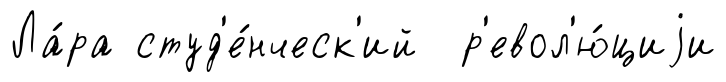
Ла́ра студ'е́нческ'ий р'евол'ю́циjи